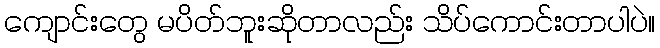
ကျောင်းတွေ မပိတ်ဘူးဆိုတာလည်း သိပ်ကောင်းတာပါပဲ။